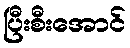
ပြီးစီးအောင်